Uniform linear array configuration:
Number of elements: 48
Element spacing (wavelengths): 0.25
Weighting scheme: uniform
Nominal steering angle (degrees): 60
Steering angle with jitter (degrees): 60.004
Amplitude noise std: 0.05
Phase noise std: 0.05

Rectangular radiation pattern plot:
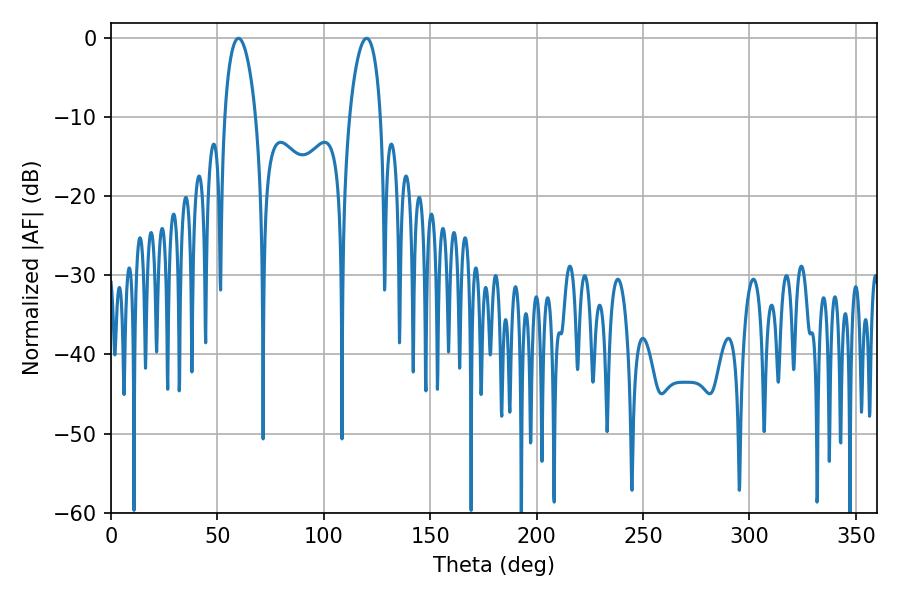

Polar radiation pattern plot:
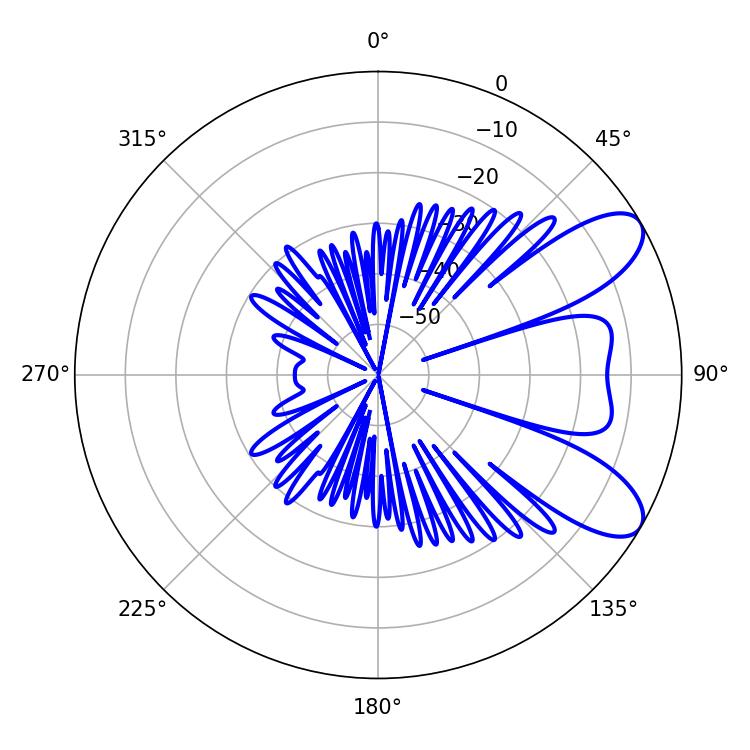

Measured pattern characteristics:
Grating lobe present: FALSE
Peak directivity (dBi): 8.343
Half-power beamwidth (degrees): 8.28
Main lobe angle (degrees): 59.94